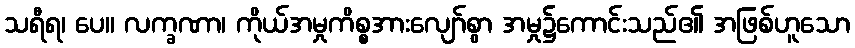
သရီရ၊ ပေ။ လက္ခဏာ၊ ကိုယ်အမှုကိစ္စအားလျော်စွာ အမှု၌ကောင်းသည်၏ အဖြစ်ဟူသော